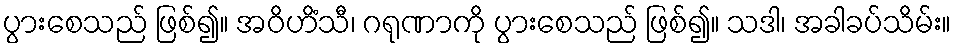
ပွားစေသည် ဖြစ်၍။ အဝိဟိံသီ၊ ဂရုဏာကို ပွားစေသည် ဖြစ်၍။ သဒါ၊ အခါခပ်သိမ်း။